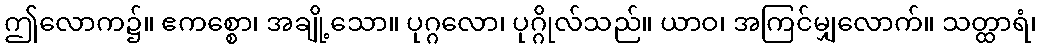
ဤလောက၌။ ဧကစ္စော၊ အချို့သော။ ပုဂ္ဂလော၊ ပုဂ္ဂိုလ်သည်။ ယာဝ၊ အကြင်မျှလောက်။ သတ္ထာရံ၊